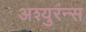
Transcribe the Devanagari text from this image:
अश्युरंन्स